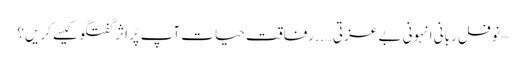
– نوفل ربانی	انہونی بے عزتی….. رفاقت حیات	آپ پُر اثر گفتگو کیسے کریں؟